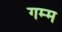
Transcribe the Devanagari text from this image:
गम्म